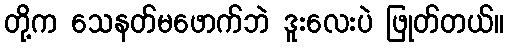
တို့က သေနတ်မဖောက်ဘဲ ဒူးလေးပဲ ဖြုတ်တယ်။